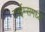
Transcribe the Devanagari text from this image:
टाईम्समध्ये